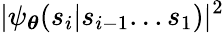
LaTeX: |\psi_{\boldsymbol\theta}(s_{i}|s_{i-1}...s_{1})|^{2}